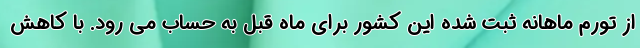
از تورم ماهانه ثبت شده این کشور برای ماه قبل به حساب می رود. با کاهش